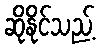
ဆိုနိုင်သည့်